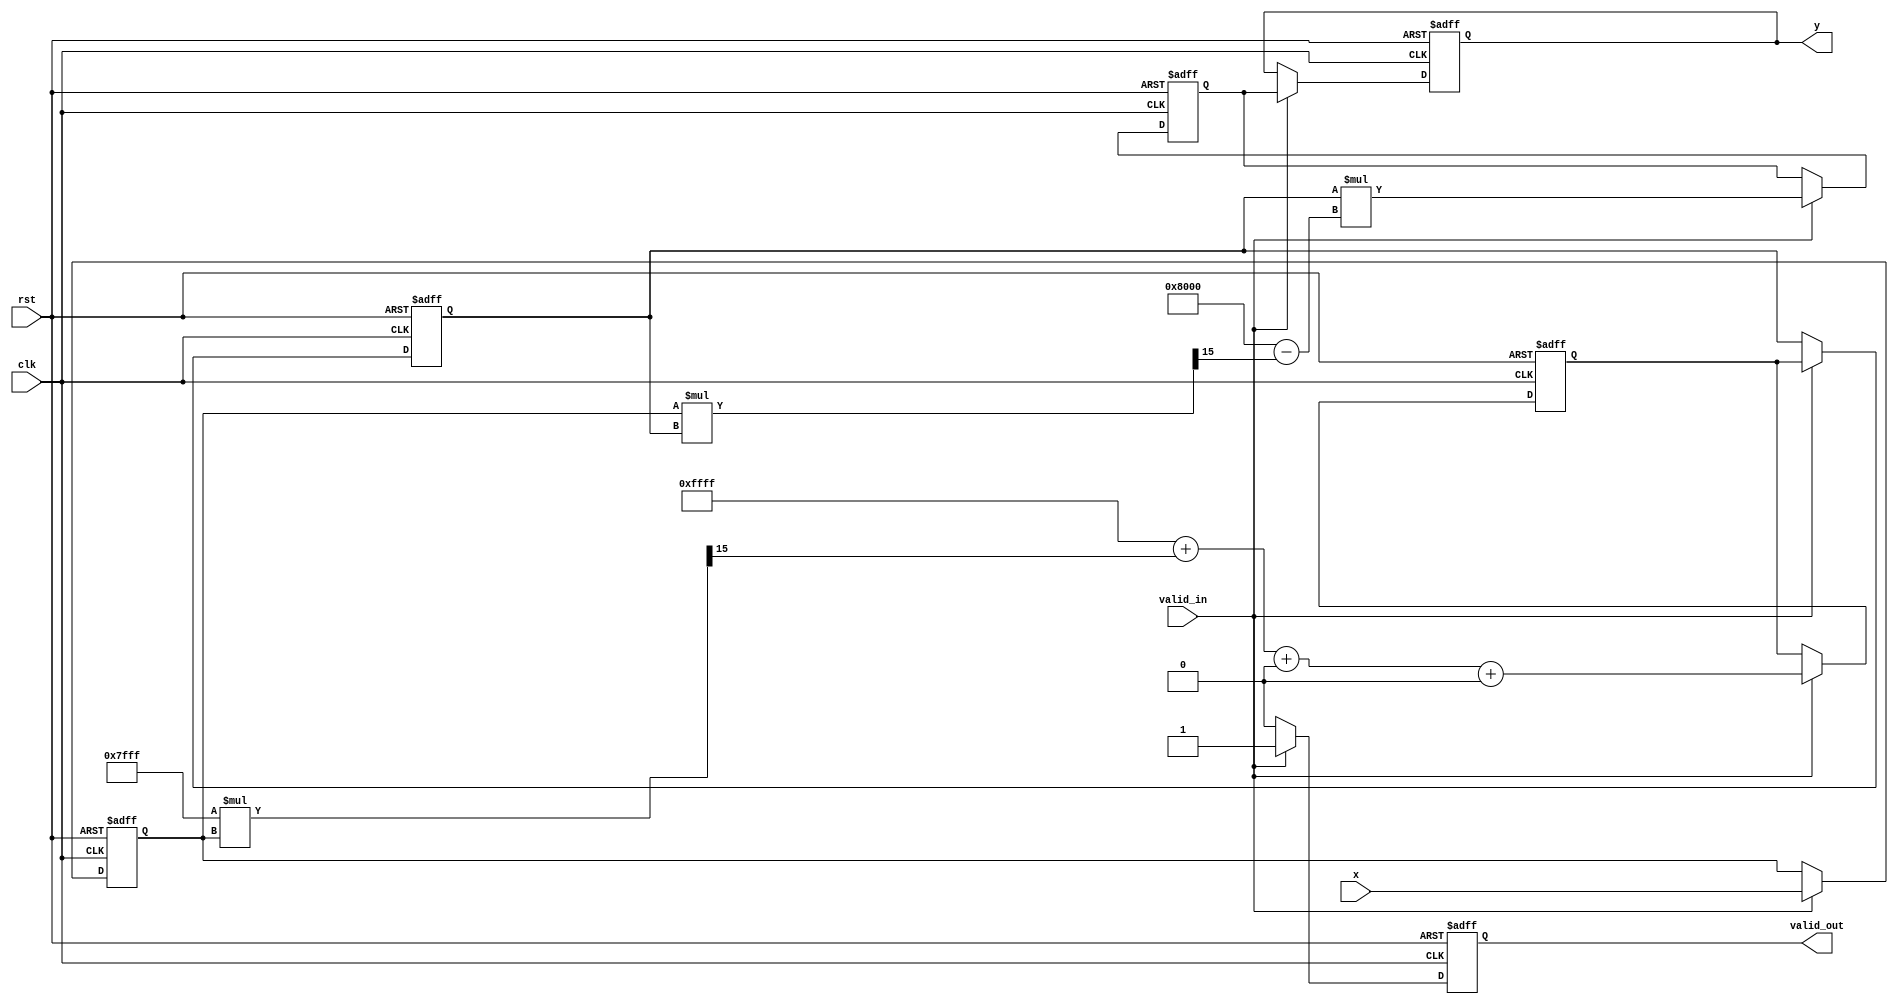
module poly_reciprocal #(
    parameter N = 16, // Input width
    parameter M = 16, // Output width
    parameter K = 3   // Degree of the polynomial (number of terms - 1)
)(
    input  wire [N-1:0]  x,         // Input value
    input  wire           clk,       // Clock signal
    input  wire           rst,       // Reset signal
    input  wire           valid_in,  // Input valid signal
    output reg [M-1:0]   y,         // Output reciprocal
    output reg           valid_out   // Output valid signal
);

    // Coefficients for the polynomial approximation
    // These need to be optimized for the target range [0, 1]
    localparam [M-1:0] a0 = 16'hFFFF; // Example coefficient values
    localparam [M-1:0] a1 = 16'h7FFF;
    localparam [M-1:0] a2 = 16'h3FFF;
    localparam [M-1:0] a3 = 16'h1FFF;

    reg [N-1:0] x_reg;
    reg [M-1:0] p_val; // Polynomial evaluation result
    reg [M-1:0] approx; // Initial approximation
    reg [M-1:0] refine; // Refined result

    // Polynomial evaluation
    always @(posedge clk or posedge rst) begin
        if (rst) begin
            y <= 0;
            valid_out <= 0;
            x_reg <= 0;
            p_val <= 0;
            approx <= 0;
            refine <= 0;
        end else if (valid_in) begin
            x_reg <= x;

            // Evaluate polynomial P(x) = a0 + a1*x + a2*x^2 + a3*x^3
            p_val <= a0 + (a1 * x_reg >> 15) + (a2 * (x_reg * x_reg) >> 30) + (a3 * (x_reg * x_reg * x_reg) >> 45);
            
            // Initial approximation
            approx <= p_val;

            // Iterative refinement (Newton-Raphson)
            // R(x) = R(x) * (2 - x * R(x))
            refine <= approx * (16'h8000 - (x_reg * approx >> 15));
            
            // Output the refined value
            y <= refine;
            valid_out <= 1;
        end else begin
            valid_out <= 0;
        end
    end

endmodule